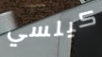
كيلسي